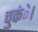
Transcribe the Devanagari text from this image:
चुकंे।